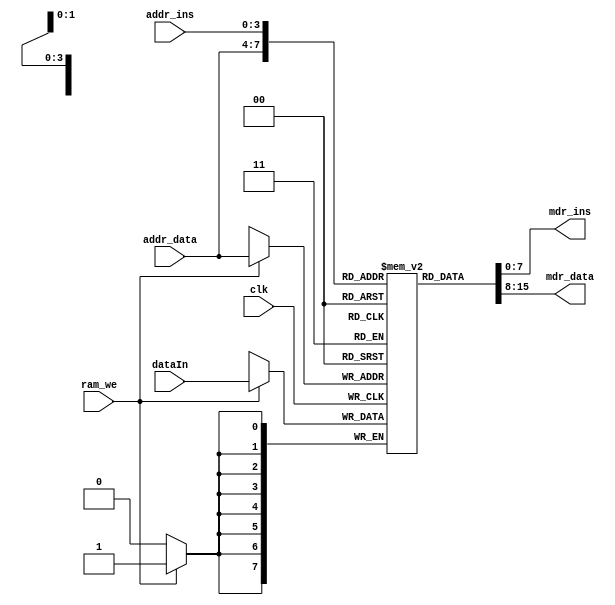
`timescale 1ns / 1ps
//////////////////////////////////////////////////////////////////////////////////
// Company: 
// Engineer: 
// 
// Design Name: 
// Module Name: MyRAM
// Project Name: 
// Target Devices: 
// Tool Versions: 
// Description: 
// 
// Dependencies: 
// 
// Revision:
// Revision 0.01 - File Created
// Additional Comments:
// 
//////////////////////////////////////////////////////////////////////////////////


// RAMRead_first
module MyRAM (
    input wire clk, ram_we, 
    input wire [3:0] addr_ins, addr_data, 
    input wire [7:0] dataIn, 
    output wire [7:0] mdr_ins, mdr_data
);
    reg [7:0] ram [15:0];
    
    assign mdr_data = ram[addr_data];

    initial begin
        // 
        ram[0] = 8'b0000_0000;   // 0000 xxxx CLA
        ram[1] = 8'b0001_0000;   // 0001 xxxx COM
        ram[2] = 8'b0010_0000;   // 0010 xxxx SHR
        ram[3] = 8'b0011_0000;   // 0011 xxxx CSL
        ram[4] = 8'b0100_0000;   // 0100 xxxx STP
        ram[5] = 8'b0101_0000;   // 0101 bbbb ADD X
        ram[6] = 8'b0110_0000;   // 0110 bbbb STA X
        ram[7] = 8'b0111_0000;   // 0111_bbbb LDA X
        ram[8] = 8'b1000_0001;   // 1000_bbbb JMP X
        ram[9] = 8'b1001_0000;   // 1001_rrrr BAN X


        // 1 
        ram[0] = 8'b0111_1001;   // 0111_bbbb LDA X
        ram[1] = 8'b0101_1010;   // 0101 bbbb ADD X
        ram[2] = 8'b0110_1010;   // 0110 bbbb STA X
        ram[3] = 8'b0111_1001;   // 0111_bbbb LDA X
        ram[4] = 8'b0101_1011;   // 0101 bbbb ADD X
        ram[5] = 8'b1001_0011;   // 1001_rrrr BAN X
        ram[6] = 8'b0110_1001;   // 0110 bbbb STA X
        ram[7] = 8'b1000_0001;   // 1000_bbbb JMP X
        ram[8] = 8'b0100_0000;   // 0100 xxxx STP
        
        ram[9]  = 8'b0000_0011;  //   N
        ram[10] = 8'b0000_0000;  //   SUM
        ram[11] = 8'b1111_1111;  //   M1 = -1
        
        
//        // 2 
//        ram[0] = 8'b0111_1100;   // 0111_bbbb LDA X
//        ram[1] = 8'b0001_0000;   // 0001 xxxx COM
//        ram[2] = 8'b0101_1101;   // 0101 bbbb ADD X
//        ram[3] = 8'b0101_1011;   // 0101 bbbb ADD X
//        ram[4] = 8'b1001_0100;   // 1001_rrrr BAN X
//        ram[5] = 8'b0111_1101;   // 0111_bbbb LDA X
//        ram[6] = 8'b0110_1111;   // 0110 bbbb STA X
//        ram[7] = 8'b0100_0000;   // 0100 xxxx STP
//        ram[8] = 8'b0111_1110;   // 0111_bbbb LDA X
//        ram[9] = 8'b0110_1111;   // 0110 bbbb STA X
//        ram[10] = 8'b0100_0000;   // 0100 xxxx STP
        
//        ram[11] = 8'b1111_1111;  //   A -1
//        ram[12] = 8'b0000_0001;  //   B 1
//        ram[13] = 8'b0000_0001;  //   M1 = 1
//        ram[14] = 8'b0000_0000;  //   M2 = 0

    end
    
    assign mdr_ins = ram[addr_ins];
    
    always@ (negedge clk) begin
        if(ram_we == 1)
            ram[addr_data] = dataIn;
    end
       
endmodule